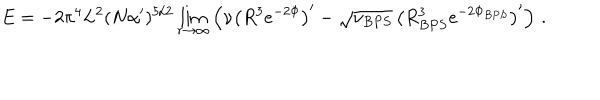
E = - 2 \pi ^ { 4 } L ^ { 2 } ( N \alpha ^ { \prime } ) ^ { 5 / 2 } \lim _ { r \to \infty } \left( \nu \left( R ^ { 3 } e ^ { - 2 \Phi } \right) ^ { \prime } - \sqrt { \nu _ { B P S } } \, \left( R _ { B P S } ^ { 3 } e ^ { - 2 \Phi _ { B P S } } \right) ^ { \prime } \right) \, .